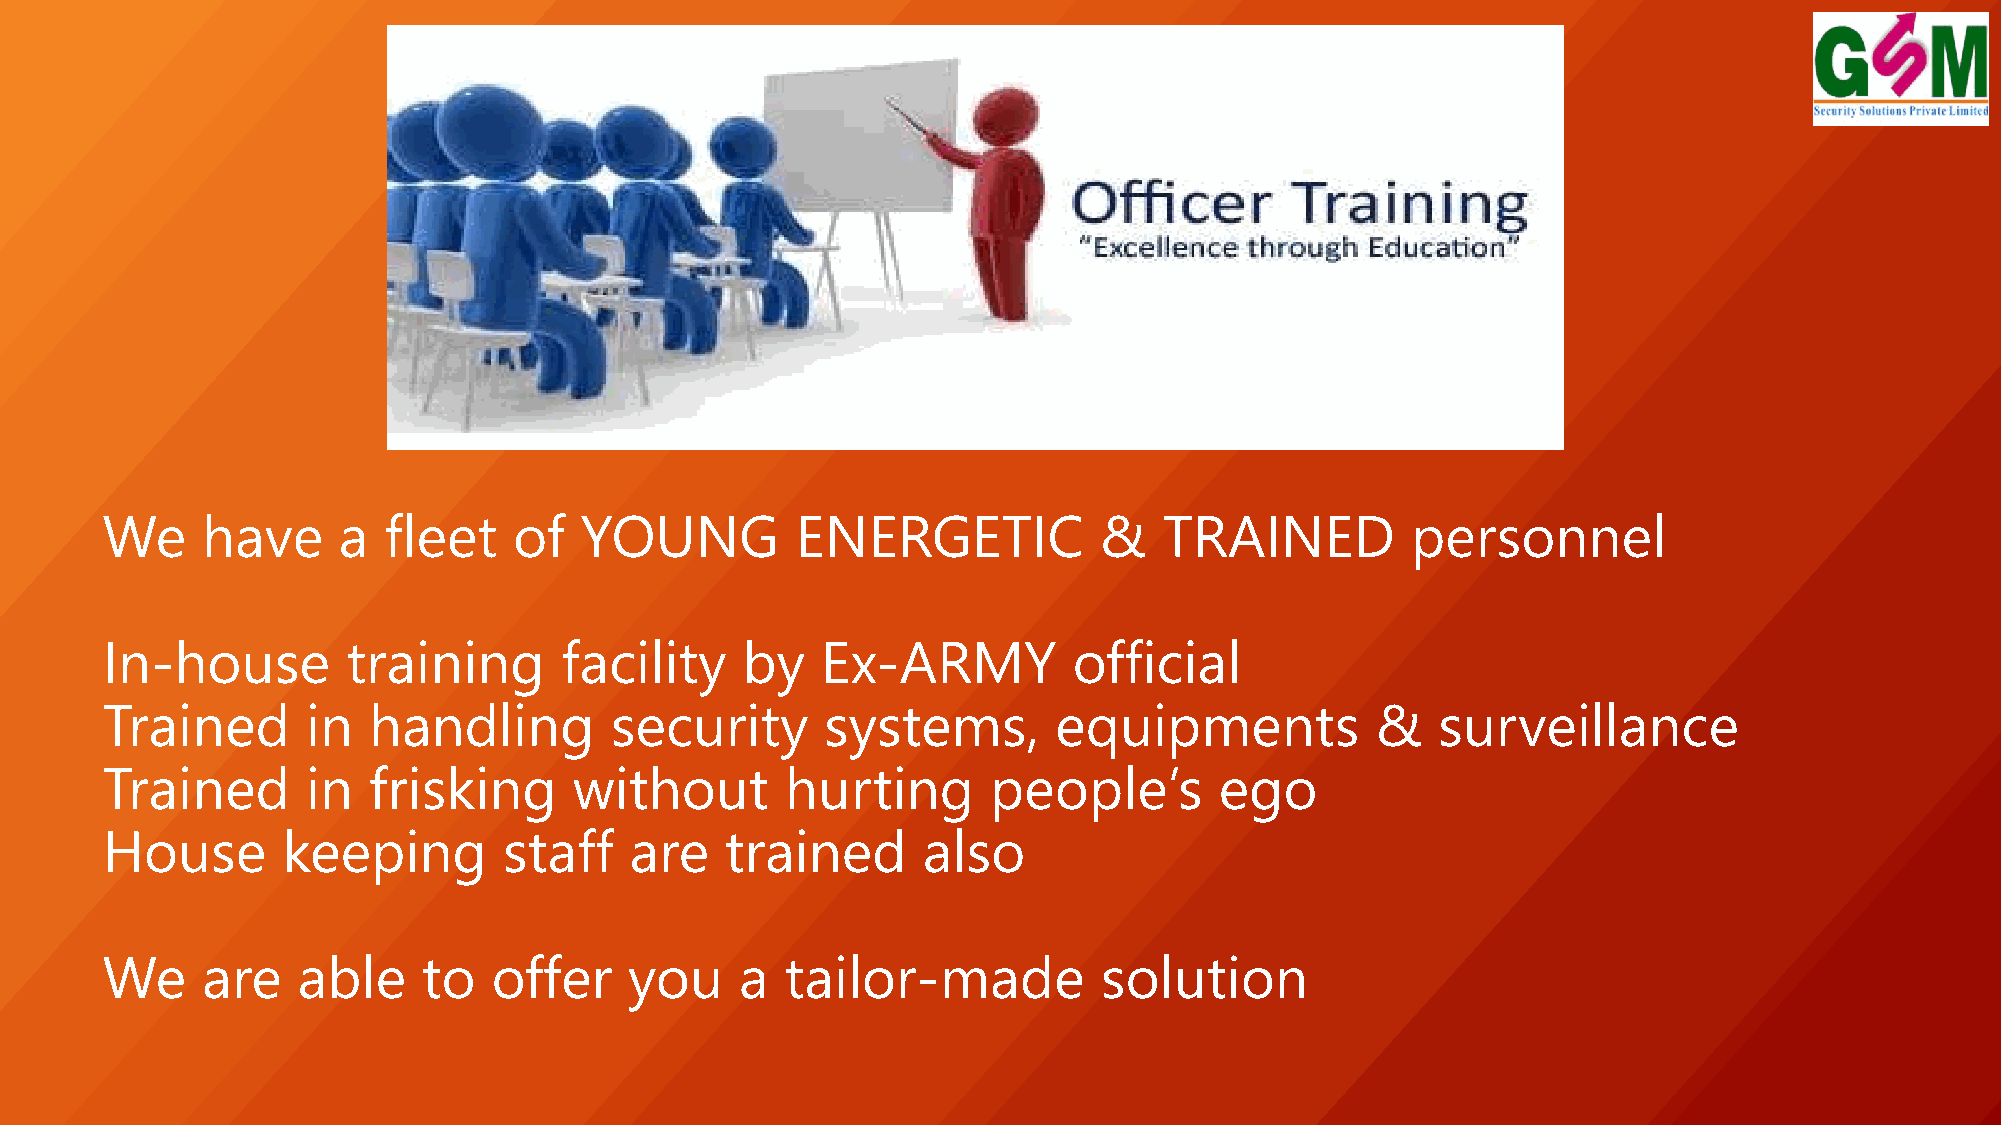
We    have     a  fleet    of  YOUNG          ENERGETIC           &   TRAINED         personnel
 In-house        training      facility    by   Ex-ARMY          official
 Trained      in  handling        security       systems,       equipments           &   surveillance
 Trained      in  frisking      without       hurting       people’s       ego
 House       keeping       staff    are   trained      also
 We    are    able    to   offer    you    a  tailor-made          solution